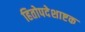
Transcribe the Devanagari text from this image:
हितोपदेशाष्टक